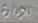
للإدارة